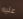
عليه